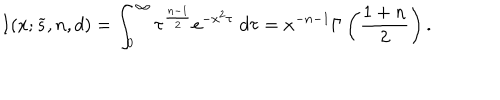
I ( x ; { \widetilde s } , n , d ) = \int _ { 0 } ^ { \infty } \tau ^ { { \frac { n - 1 } { 2 } } } e ^ { - x ^ { 2 } \tau } \; d \tau = x ^ { - n - 1 } \Gamma \left( { \frac { 1 + n } { 2 } } \right) .